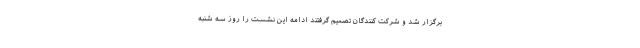
برگزار شد و شرکت کنندگان تصمیم گرفتند ادامه این نشست را روز سه شنبه